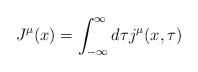
LaTeX: \begin{align*}J^{\mu}(x)=\int_{-\infty}^{\infty} d\tau j^{\mu}(x,\tau)\end{align*}